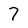
Character: 7